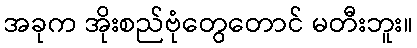
အခုက အိုးစည်ဗုံတွေတောင် မတီးဘူး။